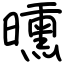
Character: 曛